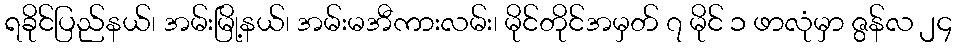
ရခိုင်ပြည်နယ်၊ အမ်းမြို့နယ်၊ အမ်းမအီကားလမ်း၊ မိုင်တိုင်အမှတ် ၇ မိုင် ၁ ဖာလုံမှာ ဇွန်လ ၂၄